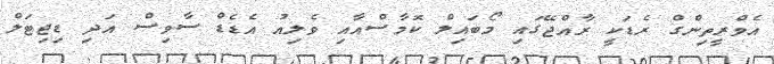
އެވްރީތިންގް ރެޑަކީ ރާއްޖޭގައި މޯބައިލް ކޮމާސްއާއި ވެލިއު އެޑެޑް ސާވިސް އަދި ޑިޖިޓަލް